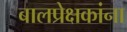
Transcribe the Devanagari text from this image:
बालप्रेक्षकांना